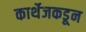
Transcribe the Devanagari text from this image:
कार्थेजकडून